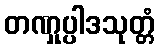
တဏှုပ္ပါဒသုတ္တံ